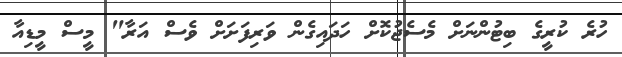
ހުރެ ކުރީގެ ބިޓުންނަށް މެސެޖުކޮށް ހަދައިގެން ވަރިފަށަށް ވެސް އަރާ" މީސް މީޑިއާ